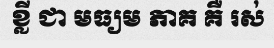
ខ្លី ជា មធ្យម ភាគ គឺ រស់